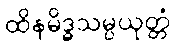
ထိနမိဒ္ဓသမ္ပယုတ္တံ